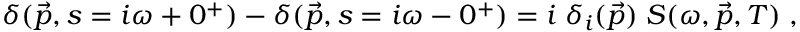
\delta ( \vec { p } , s = i \omega + 0 ^ { + } ) - \delta ( \vec { p } , s = i \omega - 0 ^ { + } ) = i \; \delta _ { i } ( \vec { p } ) \; S ( \omega , \vec { p } , T ) \; ,